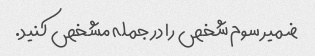
ضمیر سوم شخص را در جمله مشخص کنید.